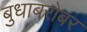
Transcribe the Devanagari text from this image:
बुधाबरोबर